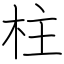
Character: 柱